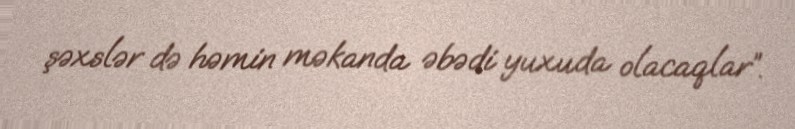
şəxslər də həmin məkanda əbədi yuxuda olacaqlar”.